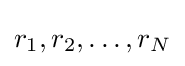
r_{1},r_{2},\ldots ,r_{N}